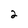
Character: 2